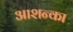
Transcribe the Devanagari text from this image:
आशन्का